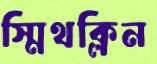
স্মিথক্লিন